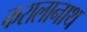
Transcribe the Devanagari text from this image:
करालानाथ